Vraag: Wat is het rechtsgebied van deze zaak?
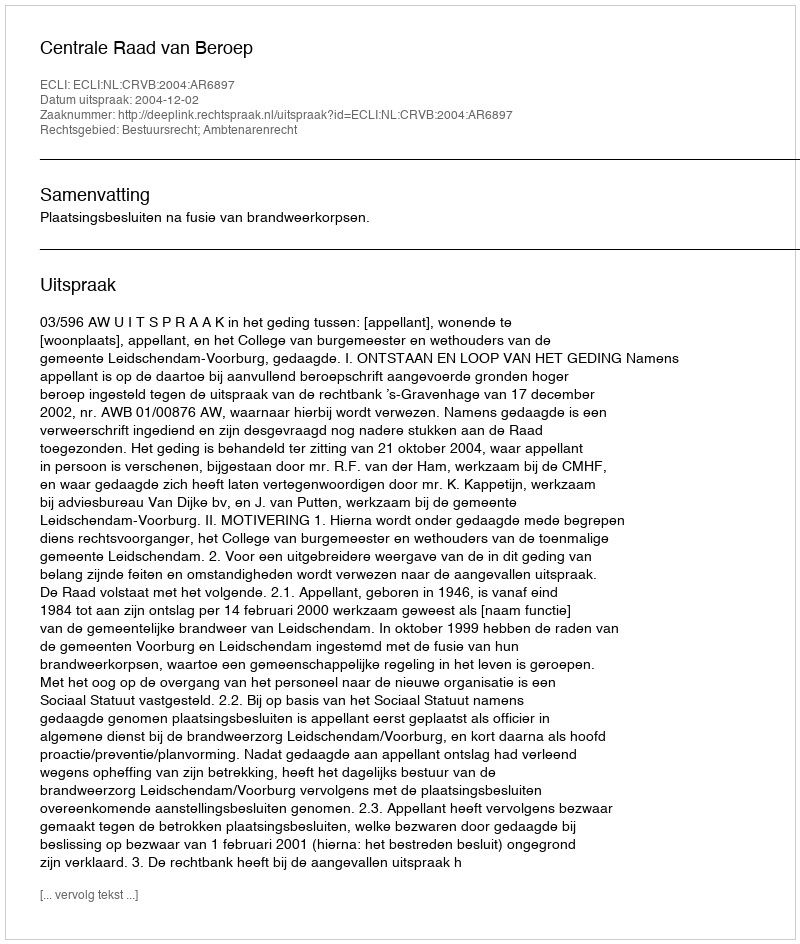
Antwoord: Bestuursrecht; Ambtenarenrecht